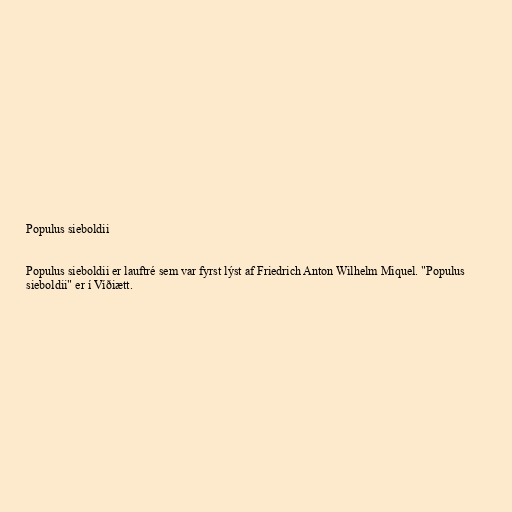
Populus sieboldii

Populus sieboldii er lauftré sem var fyrst lýst af Friedrich Anton Wilhelm Miquel. "Populus
sieboldii" er í Víðiætt.